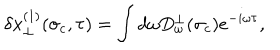
LaTeX: \delta x _ { \perp } ^ { ( 1 ) } ( \sigma _ { c } , \tau ) = \int d \omega D _ { \omega } ^ { \perp } ( \sigma _ { c } ) e ^ { - i \omega \tau } ,